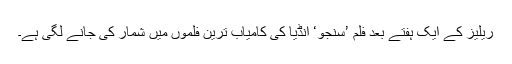
ریلیز کے ایک ہفتے بعد فلم ’سنجو‘ انڈیا کی کامیاب ترین فلموں میں شمار کی جانے لگی ہے۔